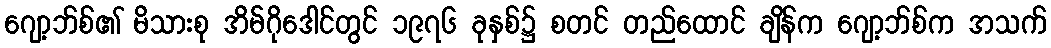
ဂျော့ဘ်စ်၏ မိသားစု အိမ်ဂိုဒေါင်တွင် ၁၉၇၆ ခုနှစ်၌ စတင် တည်ထောင် ချိန်က ဂျော့ဘ်စ်က အသက်